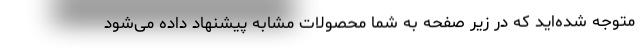
متوجه شده‌اید که در زیر صفحه به شما محصولات مشابه پیشنهاد داده می‌شود